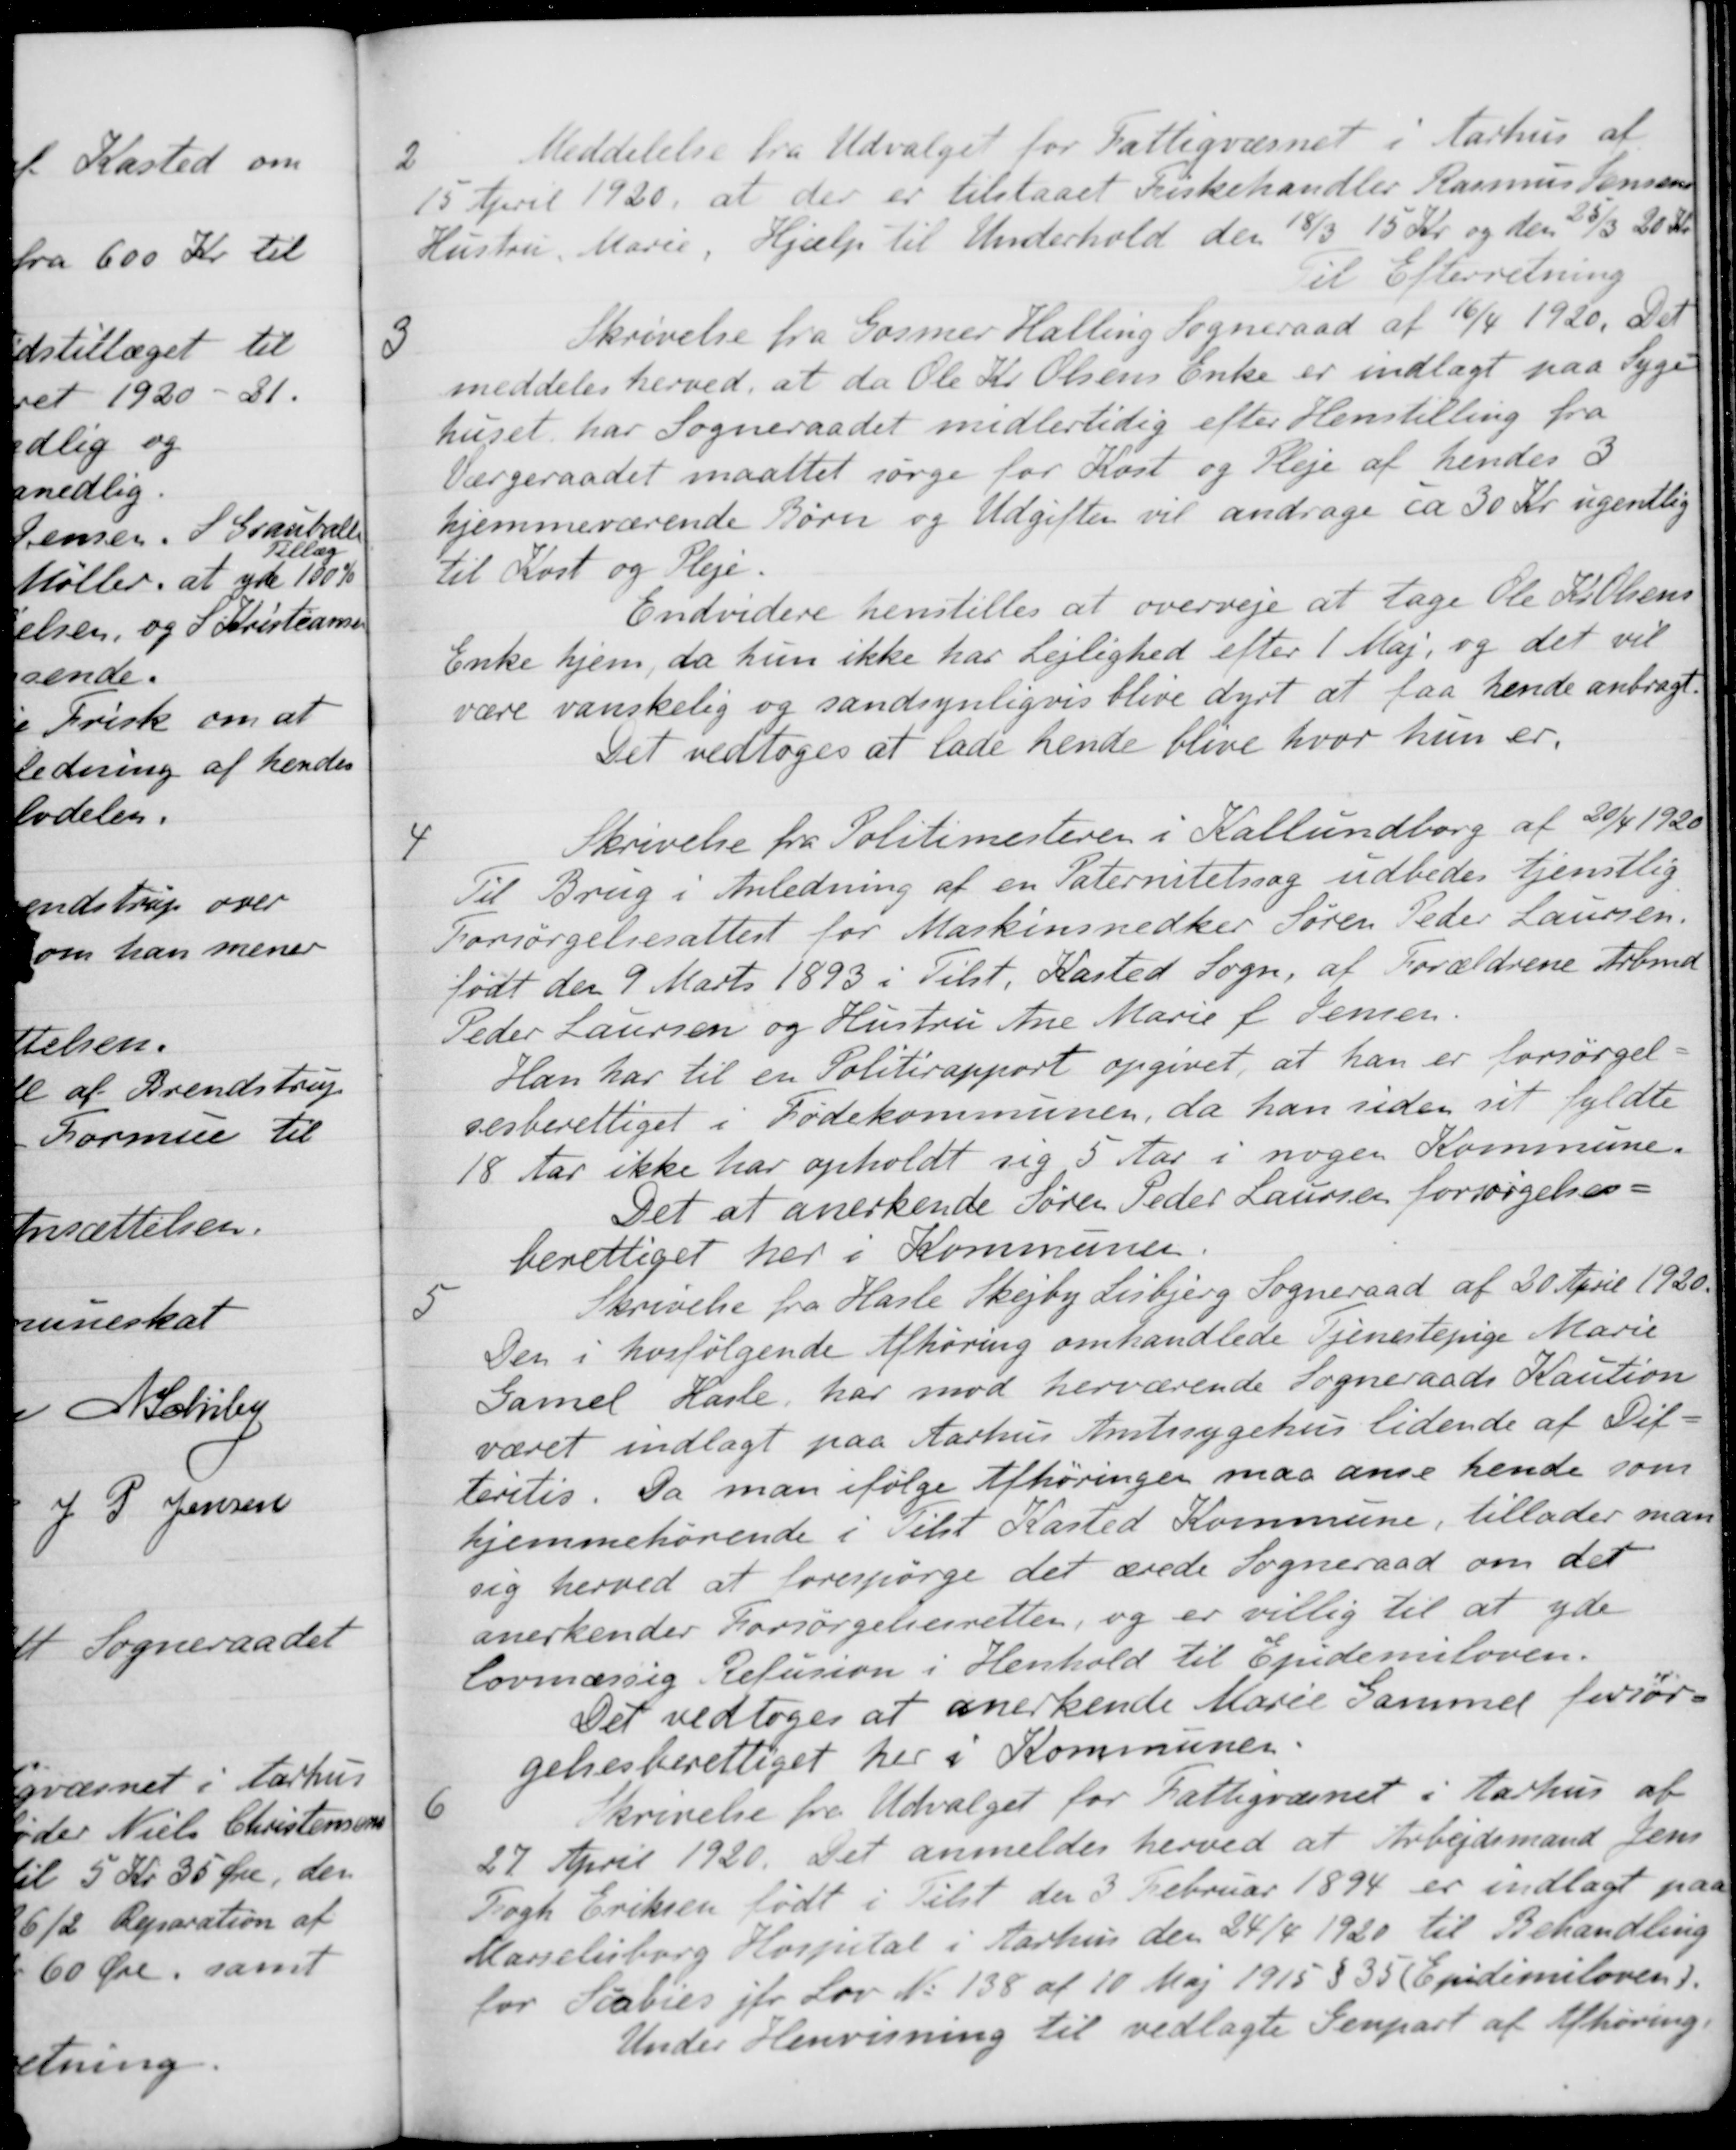
Transskription:
2
Meddelelse fra Udvalget for Fattigvæsnet i Aarhus af
15 April 1920, at der er tilstaaet Fiskehandler Rasmus Jensen
Hustru, Marie, Hjælp til Underhold den 18/3 15 Kr. og den 25/3 20 Kr.
Til Efterretning
3
Skrivelse fra Gosmer Halling Sogneraad af 16/4 1920. Det
meddeles herved, at da Ole Kr. Olsens Enke er indlagt paa Syge-
huset har Sogneraadet midlertidig efter Henstilling fra
Værgeraadet maattet sørge for Kost og Pleje af hendes 3
hjemmeværende Børn og Udgiften vil andrage ca 30 Kr. ugentlig
til Kost og Pleje.
Endvidere henstilles at overveje at tage Ole Kr Olsens
Enke hjem, da hun ikke har Lejlighed efter 1 Maj, og det vil
være vanskelig og sandsynligvis blive dyrt at faa hende anbragt
Det vedtoges at lade hende blive hvor hun er,
4
Skrivelse fra Politimesteren i Kallundborg af 20/4 1920
Til Brug i Anledning af en Paternitetssag udbedes tjenstlig
Forsørgelsesattest for Maskinsnedker Søren Peder Laursen.
født den 9 Marts 1893 i Tilst, Kasted Sogn, af Forældrene Arbmd
Peder Laursen og Hustru Ane Marie f. Jensen.
Han har til en Politirapport opgivet, at han er forsørgel-
sesberettiget i Fødekommunen, da han siden sit fyldte
18 Aar ikke har opholdt sig 5 Aar i nogen Kommune.
Det at anerkende Søren Peder Laursen forsørgelses-
berettiget her i Kommunen
5
Skrivelse fra Hasle Skejby Lisbjerg Sogneraad af 20 April 1920.
Den i hosfølgende Afhøring omhandlede Tjenestepige Marie
Gamel Hasle har mod herværende Sogneraads Kaution
været indlagt paa Aarhus Amtssygehus tidende af Dif-
teretis. Da man ifølge Afhøringer maa anse hende som
hjemmehørende i Tilst Kasted Kommune, tillader man
sig herved at forespørge det ærede Sogneraad om det
anerkender Forsørgelsesretten, og er villig til at yde
lovmæssig Refusion i Henhold til Epidemiloven.
Det vedtoges at anerkende Marie Gammel forsør-
gelsesberettiget her i Kommunen.
6
Skrivelse fra Udvalget for Fattigvæsnet i Aarhus af
27 April 1920. Det anmeldes herved at Arbejdsmand Jens
Fogh Eriksen født i Tilst den 3 Februar 1894 er indlagt paa
Marselisborg Hospital i Aarhus den 24/4 1920 til Behandling
for Scabies jfr Lov No 138 af 10 Maj 1915 § 35 (Epidemiloven).
Under Henvisning til vedlagte Genpart af Afhøring